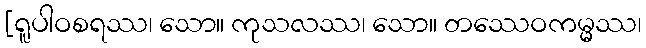
[ရူပါဝစရဿ၊ သော။ ကုသလဿ၊ သော။ တဿေဝကမ္မ္မဿ၊